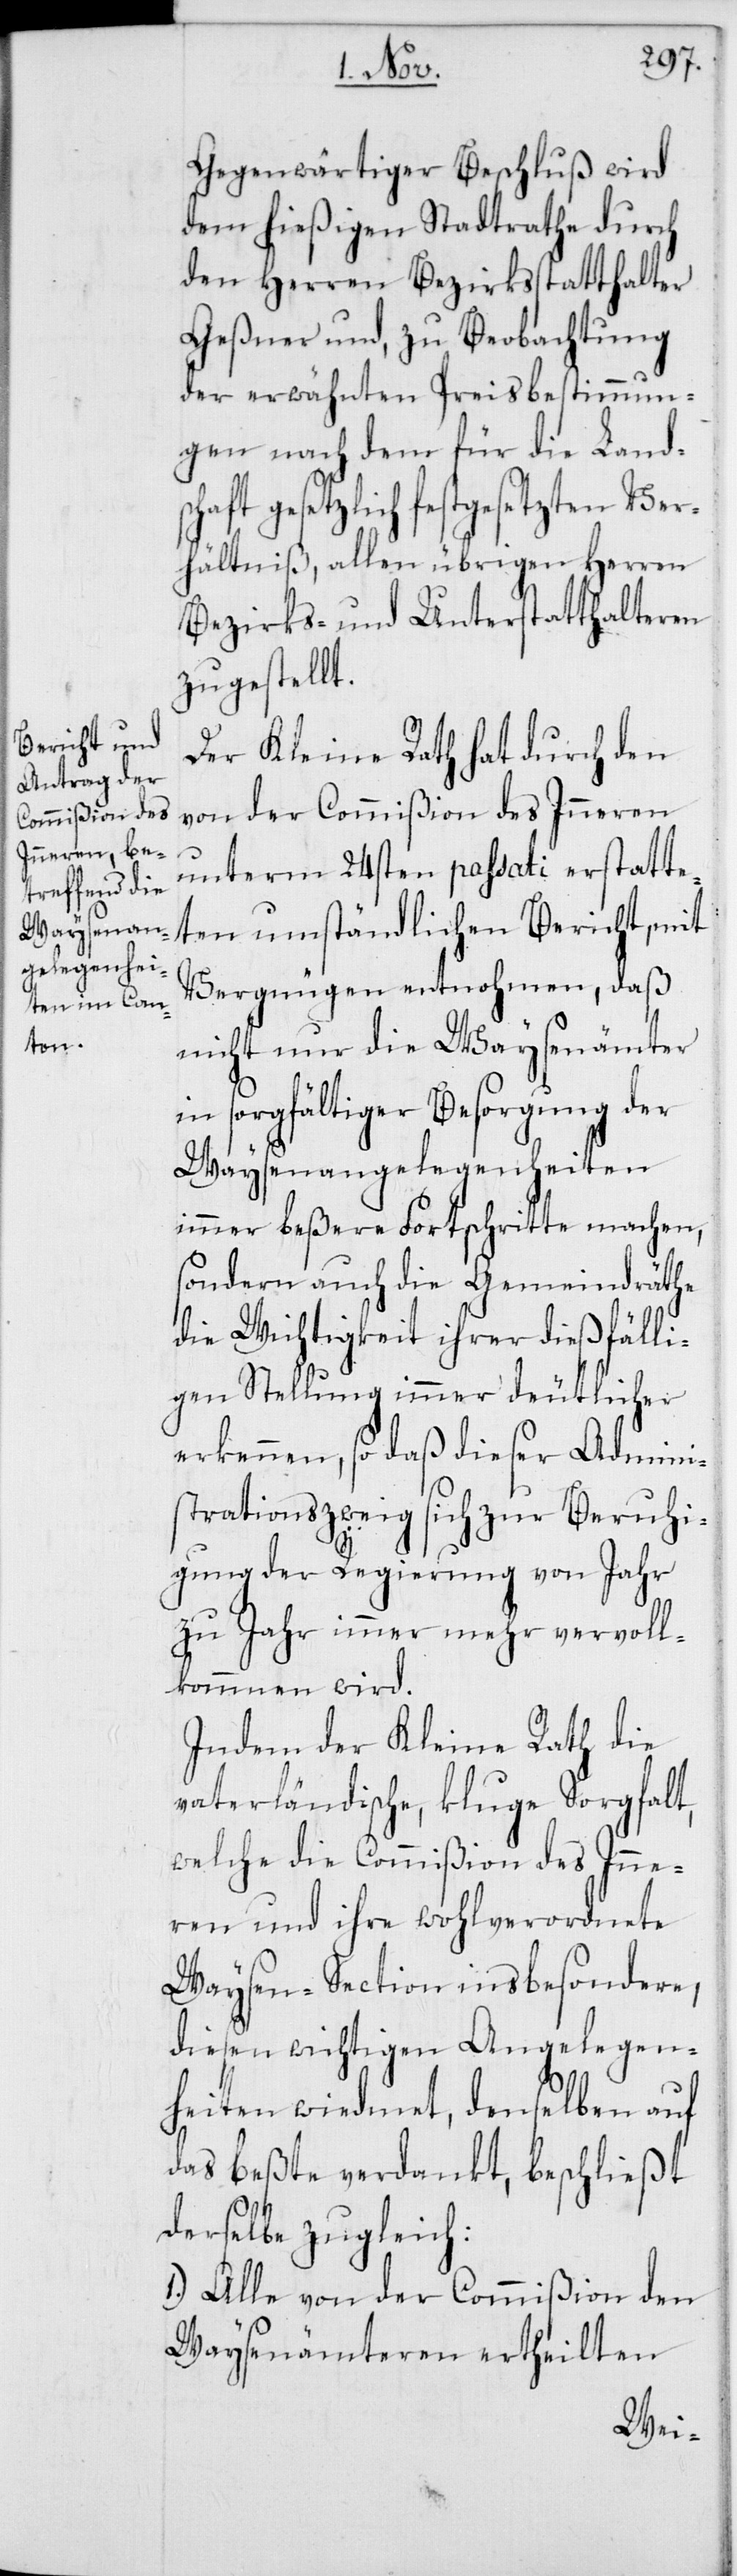
Gegenwärtiger Beschluß wird
dem hießigen Stadtrathe durch
den Herren Bezirksstatthalter
Geßner und, zu Beobachtung
der erwähnten Preisbestimmun¬
gen nach dem für die Land¬
haft gesetzlich festgesetzten Ver¬
hältniß, allen übrigen Herren
Bezirks- und Unterstatthalteren
zugestellt.
Der Kleine Rath hat durch den
von der Commißion des Inneren
unterm 24sten passati erstatte¬
ten umständlichen Bericht, mit
Vergnügen entnohmen, daß
nicht nur die Waysenämter
in sorgfältiger Besorgung der
Waysenangelegenheiten
immer beßere Fortschritte machen,
sondern auch die Gemeindräthe
die Wichtigkeit ihrer dießfälli¬
gen Stellung immer deutlicher
erkennen, so daß dieser Admini¬
strationszweig sich zur Beruhi¬
gung der Regierung von Jahr
zu Jahr immer mehr vervoll¬
kommnen wird.
Indem der Kleine Rath die
vaterländische, kluge Sorgfal¬
welche die Commißion des Inne¬
ren und ihre wohlverordnete
Waysen-Section insbesondere,
gen¬
diesen wichtigen Ang¬
heiten wiedmet, denselben auf
das beßte verdankt, beschließt
derselbe zugleich:
1. Alle von der Commißion den
Waysenämteren
ele¬